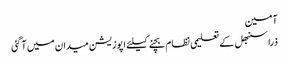
آمین
ذرا سنبھل کے	 تعلیمی نظام بچنے کیلئے اپوزیشن میدان میں آ گئی